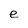
Character: e